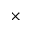
\times